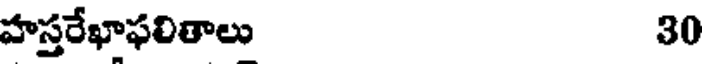
హస్తరేఖాఫలితాలు 30